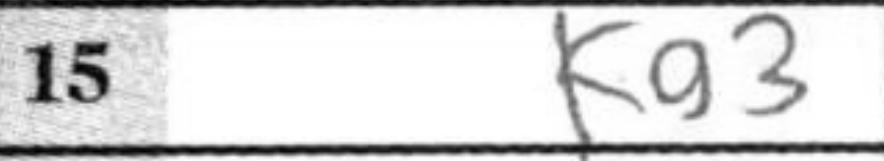
Transcription: Kg3